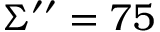
\Sigma ^ { \prime \prime } = 7 5